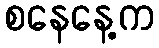
စနေနေ့က